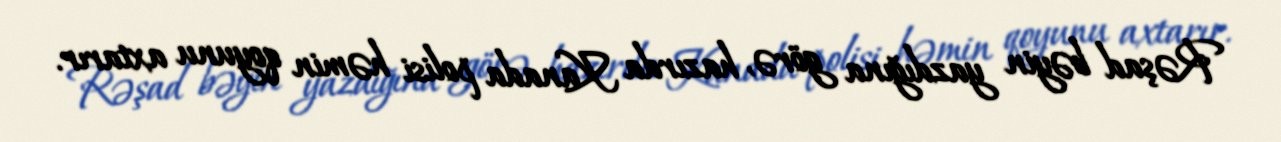
Rəşad bəyin yazdığına görə, hazırda Kanada polisi həmin qoyunu axtarır.